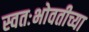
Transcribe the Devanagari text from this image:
स्वतःभोवतीच्या